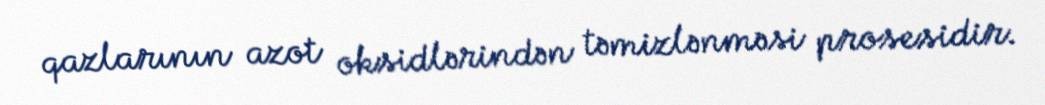
qazlarının azot oksidlərindən təmizlənməsi prosesidir.